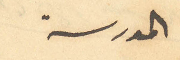
المدرسة